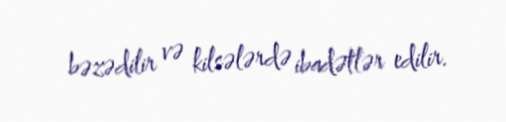
bəzədilir və kilsələrdə ibadətlər edilir.